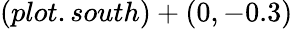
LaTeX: (plot.south)+(0,-0.3)